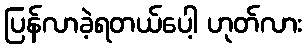
ပြန်လာခဲ့ရတယ်ပေါ့ ဟုတ်လား